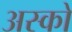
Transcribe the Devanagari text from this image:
अस्को